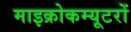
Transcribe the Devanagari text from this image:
माइक्रोकम्यूटरों